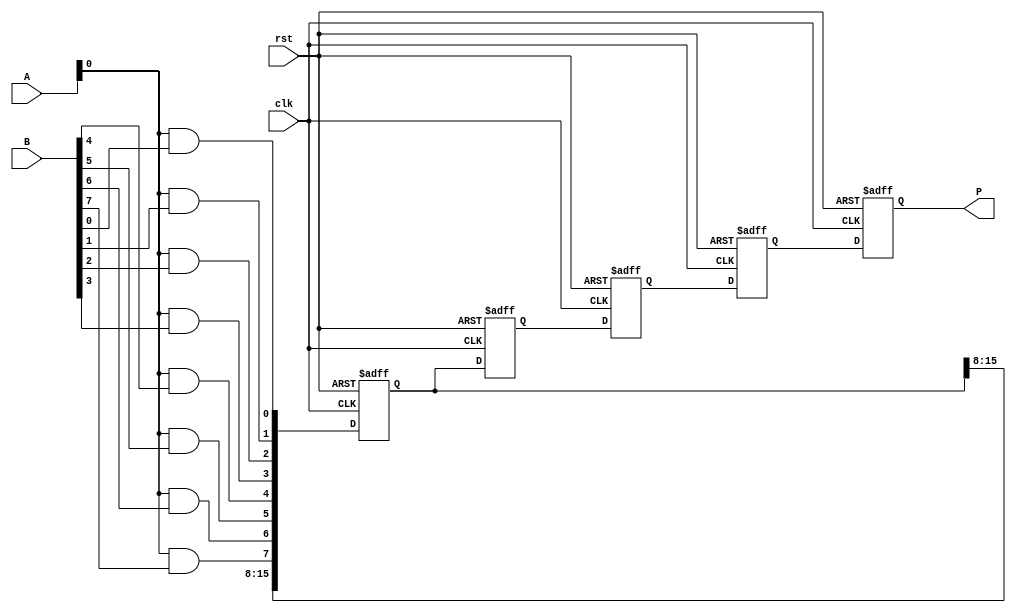
module Pipelined_Wallace_Tree_Multiplier #(
    parameter N = 8, // Bit-width for inputs A and B
    parameter STAGES = 4 // Number of pipeline stages
)(
    input  wire clk,
    input  wire rst,
    input  wire [N-1:0] A, // Multiplicand
    input  wire [N-1:0] B, // Multiplier
    output reg [2*N-1:0] P // Product output
);

    // Intermediate signals
    reg [N-1:0] pp [0:N-1]; // Partial products
    reg [N+1:0] sum [0:(N/3)*2]; // Sums at each stage
    reg [N+1:0] carry [0:(N/3)*2]; // Carry at each stage
    reg [2*N-1:0] stage_results [0:STAGES-1]; // Pipeline registers

    // Generate partial products
    integer i, j;
    always @(*) begin
        for (i = 0; i < N; i = i + 1) begin
            pp[i] = A & {N{B[i]}}; // AND to generate partial products
        end
    end

    // Wallace Tree Reduction
    always @(posedge clk or posedge rst) begin
        if (rst) begin
            for (i = 0; i < STAGES; i = i + 1) begin
                stage_results[i] <= 0;
            end
            P <= 0;
        end else begin
            // pipelined reduction
            for (j = 0; j < STAGES; j = j + 1) begin
                // Example reduction, placeholders for actual sub-tree addition logic
                // A simple example of Wallace tree reduction logic can be placed here:
                // Assume `add_full_adder` is a function to perform 1-bit FA and encapsulate.
                // A submodule must be defined for actual reduction logic.
                
                if (j == 0) begin
                    // Initial stage processing
                    for (i = 0; i < N; i = i + 1) begin
                        stage_results[j][i + (j*N)] <= pp[i][j*N+j]; // Store intermediate result
                    end
                end else begin
                    // Fetch results from previous stage and process reduction
                    // Example code logic for adding carry and sum from previous stage
                    stage_results[j] <= stage_results[j-1]; 
                end
            end
            // Final stage accumulation
            // The final sum must be computed using a carry-propagation adder
            // Assuming summing of last stage and storing in product register P
            P <= stage_results[STAGES-1]; // Pumping through to output desired result
        end
    end

endmodule